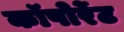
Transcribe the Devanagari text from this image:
कॉपोर्रेट